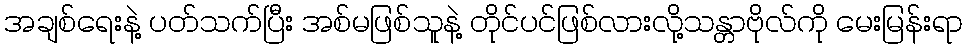
အချစ်ရေးနဲ့ ပတ်သက်ပြီး အစ်မဖြစ်သူနဲ့ တိုင်ပင်ဖြစ်လားလို့သန္တာဗိုလ်ကို မေးမြန်းရာ